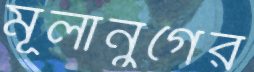
মূলানুগের